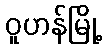
ဝူဟန်မြို့